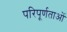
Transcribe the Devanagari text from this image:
परिपूर्णताओं